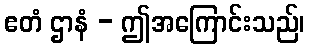
ဧတံ ဌာနံ - ဤအကြောင်းသည်၊